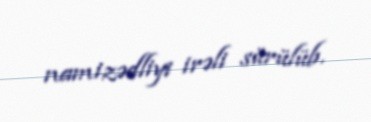
namizədliyi irəli sürülüb.